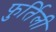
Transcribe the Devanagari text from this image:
फुर्तिली